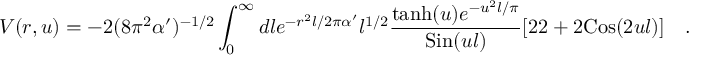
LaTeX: V ( r , u ) = - 2 ( 8 \pi ^ { 2 } \alpha ^ { \prime } ) ^ { - 1 / 2 } \int _ { 0 } ^ { \infty } d l e ^ { - r ^ { 2 } l / 2 \pi \alpha ^ { \prime } } { l } ^ { 1 / 2 } { \frac { \mathrm { t a n h } ( u ) e ^ { - u ^ { 2 } l / \pi } } { \mathrm { S i n } ( u l ) } } [ 2 2 + 2 \mathrm { C o s } ( 2 u l ) ] \quad .